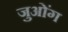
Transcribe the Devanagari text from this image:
जुओंग